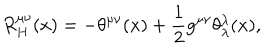
R _ { H } ^ { \mu \nu } ( x ) = - \theta ^ { \mu \nu } ( x ) + \frac { 1 } { 2 } g ^ { \mu \nu } \theta _ { \lambda } ^ { \lambda } ( x ) ,